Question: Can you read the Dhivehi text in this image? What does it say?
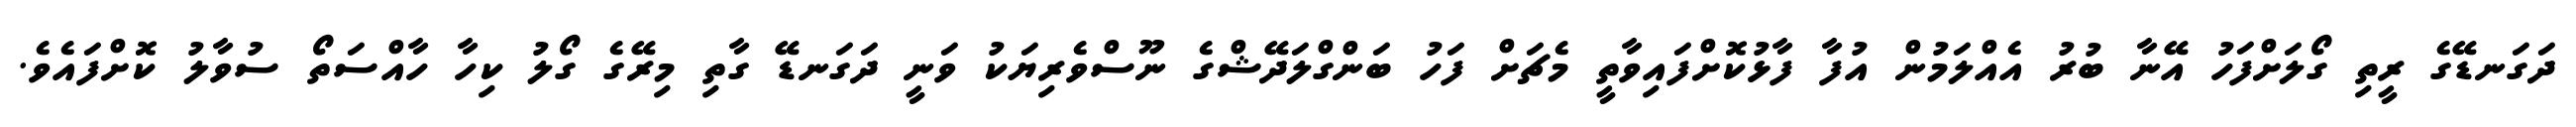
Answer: ދަގަނޑޭގެ ރީތި ގޯލަށްފަހު އޭނާ ބުރު އެއްލަމުން އުފާ ފާޅުކޮށްފައިވާތީ މެޗަށް ފަހު ބަންގްލަދޭޝްގެ ނޫސްވެރިޔަކު ވަނީ ދަގަނޑޭ ގާތި މިރޭގެ ގޯލު ކިހާ ހާއްސަތޯ ސުވާލު ކޮށްފައެވެ.